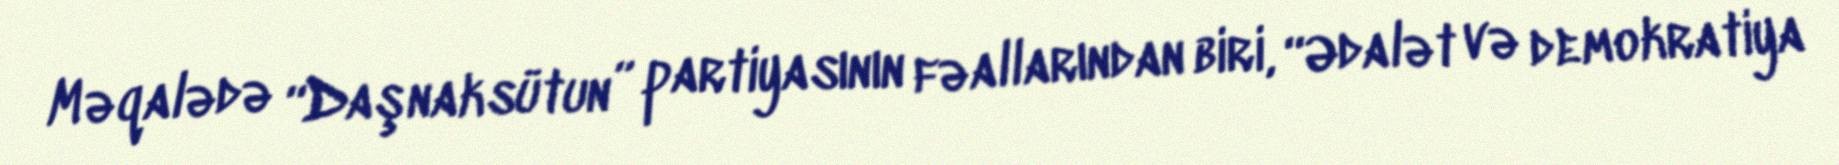
Məqalədə “Daşnaksütun” partiyasının fəallarından biri, “Ədalət və demokratiya